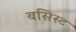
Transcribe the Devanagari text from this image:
बसिस्ट